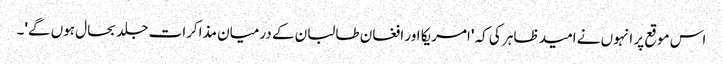
اس موقع پر انہوں نے امید ظاہر کی کہ 'امریکا اور افغان طالبان کے درمیان مذاکرات جلد بحال ہوں گے'۔